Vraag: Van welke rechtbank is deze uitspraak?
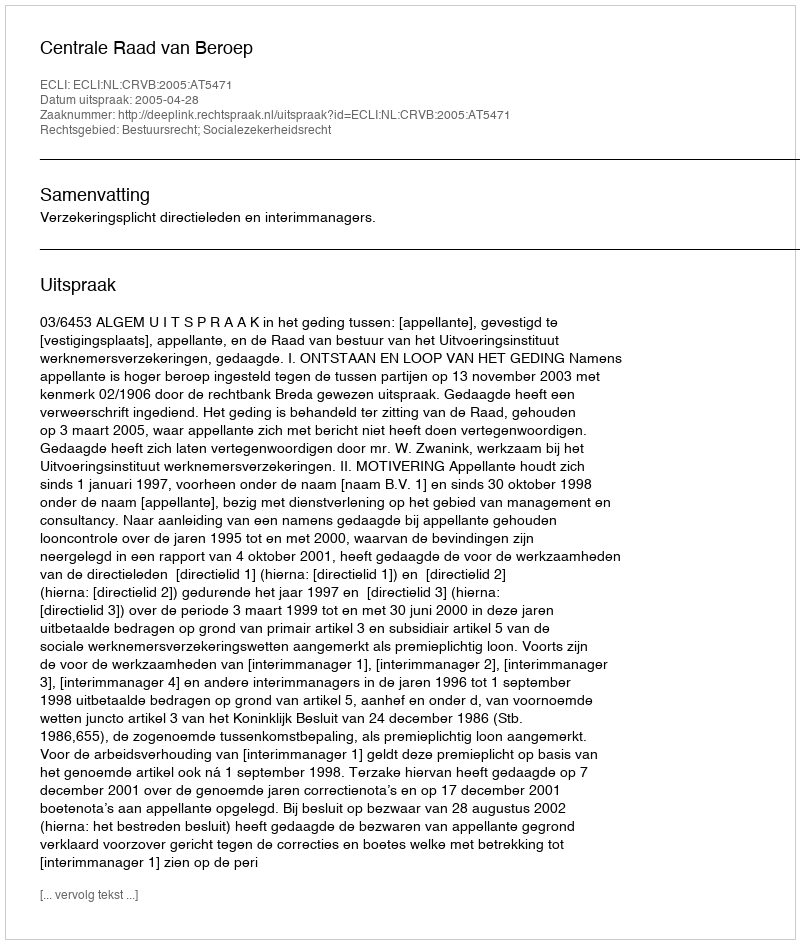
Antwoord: Centrale Raad van Beroep